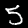
Label: 5